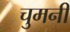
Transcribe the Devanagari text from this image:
चुमनी